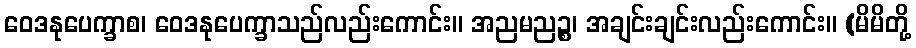
ဝေဒနုပေက္ခာစ၊ ဝေဒနုပေက္ခာသည်လည်းကောင်း။ အညမညဉ္စ၊ အချင်းချင်းလည်းကောင်း။ (မိမိတို့